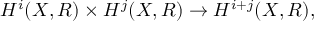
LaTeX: H ^ { i } ( X , R ) \times H ^ { j } ( X , R ) \to H ^ { i + j } ( X , R ) ,